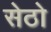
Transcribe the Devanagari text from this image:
सेठो